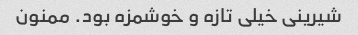
شیرینی خیلی تازه و خوشمزه بود. ممنون